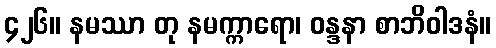
၄၂၆။ နမဿာ တု နမက္ကာရော၊ ဝန္ဒနာ စာဘိဝါဒနံ။